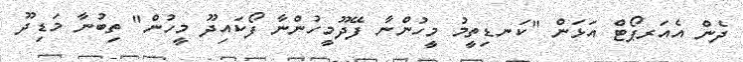
ދެން އެއަރޕޯޓް އަޅަން "ކަނޑިތީމު މީހުންނާ ފޭދޫމީހުންނާ ފޯކައިދޫ މީހުން" ތިބުނާ މަޑިދޫ